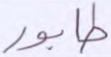
طابور